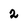
Character: 2